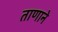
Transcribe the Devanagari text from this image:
ताणाने